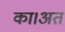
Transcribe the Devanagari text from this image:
का।अत